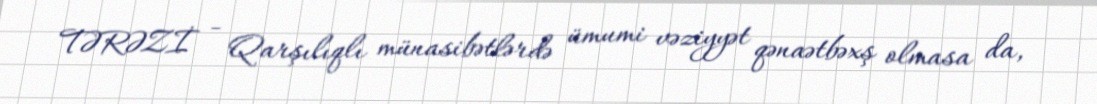
TƏRƏZİ - Qarşılıqlı münasibətlərdə ümumi vəziyyət qənaətbəxş olmasa da,